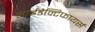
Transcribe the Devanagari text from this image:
आईडेन्टिफायर्स